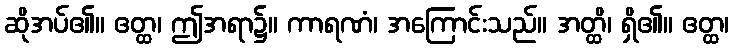
ဆိုအပ်၏။ ဧတ္ထ၊ ဤအရာ၌။ ကာရဏံ၊ အကြောင်းသည်။ အတ္ထိ၊ ရှိ၏။ ဧတ္ထ၊